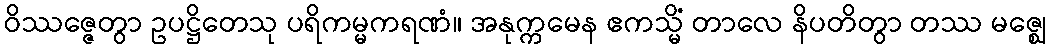
ဝိဿဇ္ဇေတွာ ဥပဋ္ဌိတေသု ပရိကမ္မကရဏံ။ အနုက္ကမေန ဧကသ္မိံ တာလေ နိပတိတွာ တဿ မဇ္ဈေ